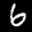
Label: 6